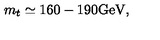
m _ { t } \simeq 1 6 0 - 1 9 0 \mathrm { G e V } ,